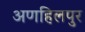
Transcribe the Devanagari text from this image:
अणहिलपुर